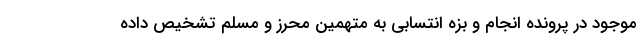
موجود در پرونده انجام و بزه انتسابی به متهمین محرز و مسلم تشخیص داده